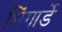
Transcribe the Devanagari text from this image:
भिंगार्डे